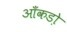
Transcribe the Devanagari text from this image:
आँकडो़